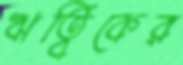
ঋত্বিকের